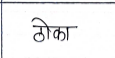
मजकूर: ठोका